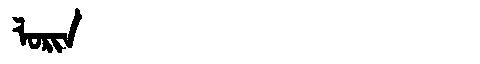
Manchu: ᠯᠣᡵᡳᠨ
Romanization: LORIN